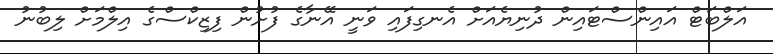
އަލްބަޓް އައިންސްޓައިން ދުނިޔެއަށް އެނގިފައި ވަނީ އޭނާގެ ފުށުން ފިޒިކްސްގެ އިލްމަށް ލިބުނު